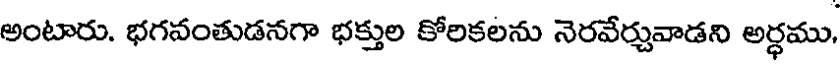
అంటారు. భగవంతుడనగా భక్తుల కోరికలను నెరవేర్చువాడని అర్ధము,